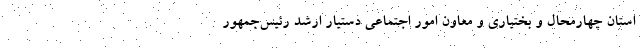
استان چهارمحال و بختیاری و معاون امور اجتماعی دستیار ارشد رئیس‌جمهور